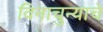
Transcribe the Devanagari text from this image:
विनाचुन्याचे